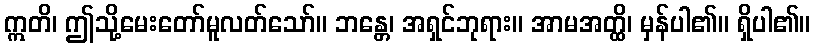
ဣတိ၊ ဤသို့မေးတော်မူလတ်သော်။ ဘန္တေ၊ အရှင်ဘုရား။ အာမအတ္ထိ၊ မှန်ပါ၏။ ရှိပါ၏။